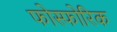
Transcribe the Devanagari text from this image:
फोस्फोरिक